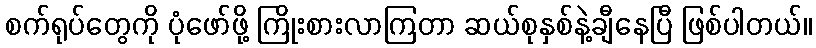
စက်ရုပ်တွေကို ပုံဖော်ဖို့ ကြိုးစားလာကြတာ ဆယ်စုနှစ်နဲ့ချီနေပြီ ဖြစ်ပါတယ်။